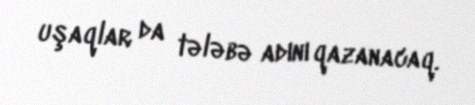
uşaqlar da tələbə adını qazanacaq.